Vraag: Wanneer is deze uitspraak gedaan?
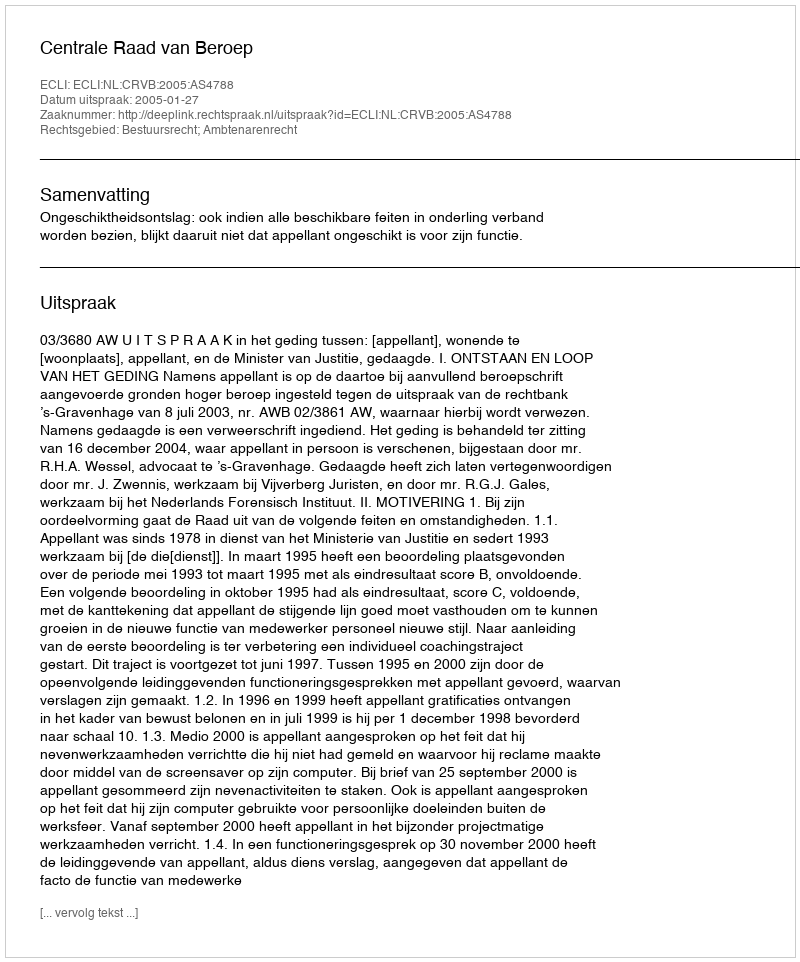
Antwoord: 2005-01-27